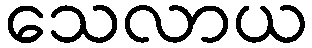
သေလာယ